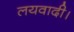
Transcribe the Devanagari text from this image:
लयवादी।